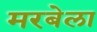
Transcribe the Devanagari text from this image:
मरबेला